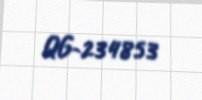
QG-234853